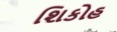
શિકોહ